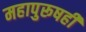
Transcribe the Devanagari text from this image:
महापुरूषही